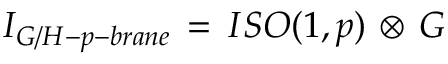
{ \cal I } _ { G / H - p - b r a n e } \, = \, I S O ( 1 , p ) \, \otimes \, G